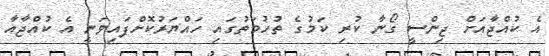
އެ ކުއްޖާއަަށް ޖިންސީ ގޯނާ ކުރި ކަމުގެ ތުހުމަތުގައި ހައްޔަރުކޮށްފައިވަނީ އެ ކުއްޖާއާ